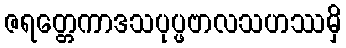
ဇရတ္တေကာဒသပုပ္ဖဗာလသဟဿမှိ